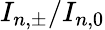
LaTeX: I_{n,\pm}/I_{n,0}